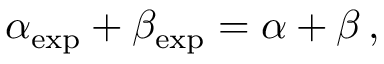
\alpha _ { \mathrm { e x p } } + \beta _ { \mathrm { e x p } } = \alpha + \beta \, ,